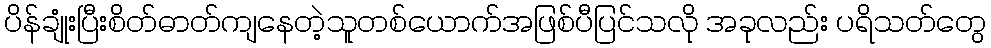
ပိန်ချုံးပြီးစိတ်ဓာတ်ကျနေတဲ့သူတစ်ယောက်အဖြစ်ပီပြင်သလို အခုလည်း ပရိသတ်တွေ